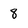
Character: 8